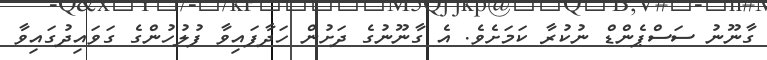
ގާނޫނު ސަސްޕެންޑް ނުކުރާ ކަމަށެވެ. އެ ގާނޫނުގެ ދަށުން ހަދާފައިވާ ފުލުހުންގެ ގަވައިދުގައިވާ